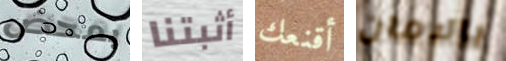
بمحض أثبتنا أقنعك بالامان